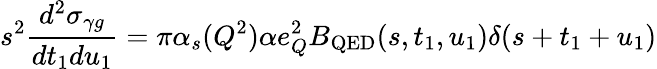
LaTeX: s^{2}\frac{d^{2}\sigma_{\gamma g}}{dt_{1}du_{1}}=\pi\alpha_{s}(Q^{2})\alpha e_{Q}^{2}B_{\mathrm{QED}}(s,t_{1},u_{1})\delta(s+t_{1}+u_{1})